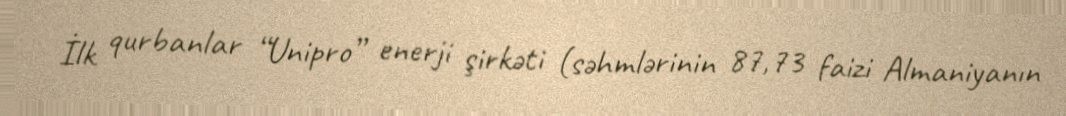
İlk qurbanlar “Unipro” enerji şirkəti (səhmlərinin 87,73 faizi Almaniyanın